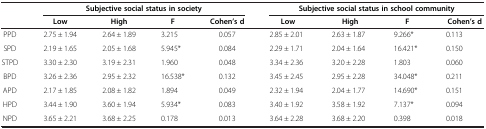
|  | <COLSPAN=4> Subjective social status in society | <COLSPAN=4> Subjective social status in school community |
 |  | Low | High | F | Cohen’s d | Low | High | F | Cohen’s d |
 | --- | --- | --- | --- | --- | --- | --- | --- | --- |
 | PPD | 2.75 ± 1.94 | 2.64 ± 1.89 | 3.215 | 0.057 | 2.85 ± 2.01 | 2.63 ± 1.87 | 9.266* | 0.113 |
 | SPD | 2.19 ± 1.65 | 2.05 ± 1.68 | 5.945* | 0.084 | 2.29 ± 1.71 | 2.04 ± 1.64 | 16.421* | 0.150 |
 | STPD | 3.30 ± 2.30 | 3.19 ± 2.31 | 1.960 | 0.048 | 3.34 ± 2.36 | 3.20 ± 2.28 | 1.803 | 0.060 |
 | BPD | 3.26 ± 2.36 | 2.95 ± 2.32 | 16.538* | 0.132 | 3.45 ± 2.45 | 2.95 ± 2.28 | 34.048* | 0.211 |
 | APD | 2.17 ± 1.85 | 2.08 ± 1.82 | 1.894 | 0.049 | 2.32 ± 1.94 | 2.04 ± 1.77 | 14.690* | 0.151 |
 | HPD | 3.44 ± 1.90 | 3.60 ± 1.94 | 5.934* | 0.083 | 3.40 ± 1.92 | 3.58 ± 1.92 | 7.137* | 0.094 |
 | NPD | 3.65 ± 2.21 | 3.68 ± 2.25 | 0.178 | 0.013 | 3.64 ± 2.28 | 3.68 ± 2.20 | 0.398 | 0.018 |